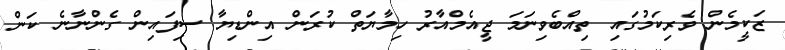
ޒަކީމެން ވެރިކަމުގައި ތިއްބެވިނަމަ ޖީއެމްއާރު ހިމާޔަތް ކުރަން އިންޑިޔާ ސިފައިން ގެންނާނެ ކަން